Scottish Leaving Certificate Examination, 1961
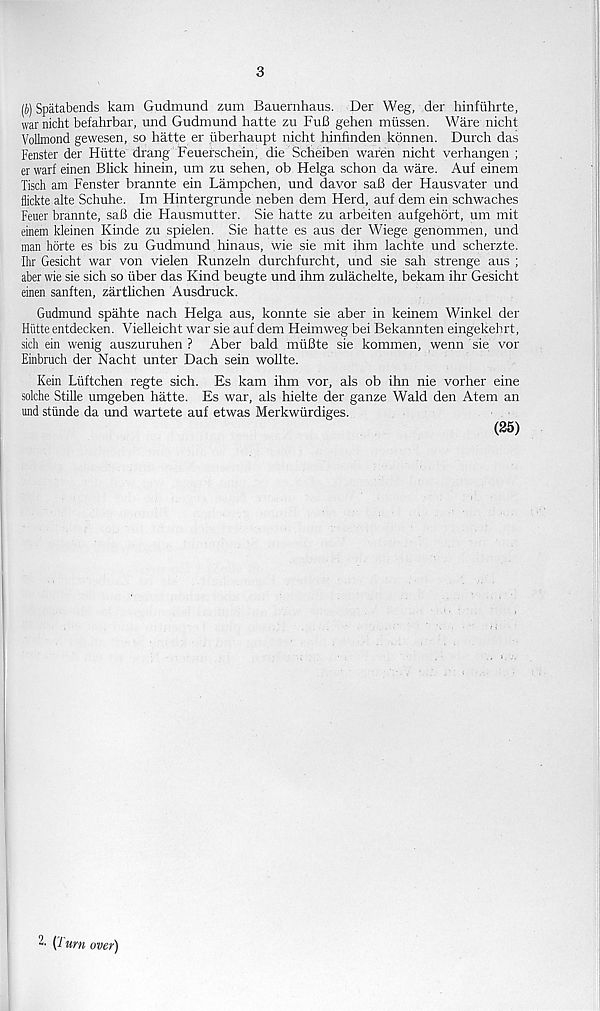
3
(b) Spatabends kam Gudmund zum Bauernhaus. Der Weg, der hinfuhrte,
waxnicht befahrbar, und Gudmund hatte zu FuB gehen mtissen. Ware nicht
Vollmond gewesen, so hatte er tiberhaupt nicht hinfinden konnen. Durch das
Fenster der Hlitte drang Feuerschein, die Scheiben waren nicht verhangen ;
er warf einen Blick hinein, um zu sehen, ob Helga schon da ware. Auf einem
Tisch am Fenster brannte ein Lampchen, und davor saB der Hausvater und
flickte alte Schuhe. Im Hintergrunde neben dem Herd, auf dem ein schwaches
Feuer brannte, saB die Hausmutter. Sie hatte zu arbeiten aufgehort, um mit
einem kleinen Kinde zu spielen. Sie hatte es aus der Wiege genommen, und
man horte es bis zu Gudmund hinaus, wie sie mit ihm lachte und scherzte.
Ihr Gesicht war von vielen Runzeln durchfurcht, und sie sah strenge aus ;
aber wie sie sich so fiber das Kind beugte und ihm zulachelte, bekam ihr Gesicht
einen sanften, zarthchen Ausdruck.
Gudmund spahte nach Helga aus, konnte sie aber in keinem Winkel der
Hiitte entdecken. Vielleicht war sie auf dem Heimweg bei Bekannten eingekehrt,
sich ein wenig auszuruhen ? Aber bald mfiBte sie kommen, wenn sie vor
Einbruch der Nacht unter Dach sein wollte.
Kein Lfiftchen regte sich. Es kam ihm vor, als ob ihn nie vorher eine
solche Stille umgeben hatte. Es war, als hielte der ganze Wald den Atem an
und stfinde da und wartete auf etwas Merkwfirdiges.
(25)
2' (1 um over)